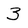
Character: 3